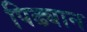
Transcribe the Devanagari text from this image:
पिढ्यान